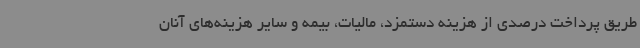
طریق پرداخت درصدی از هزینه دستمزد، مالیات، بیمه و سایر هزینه‌های آنان